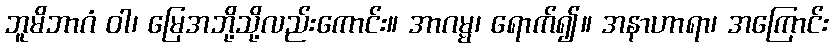
ဘူမိဘာဂံ ဝါ၊ မြေအဘို့သို့လည်းကောင်း။ အာဂမ္မ၊ ရောက်၍။ အနာဟာရာ၊ အကြောင်း